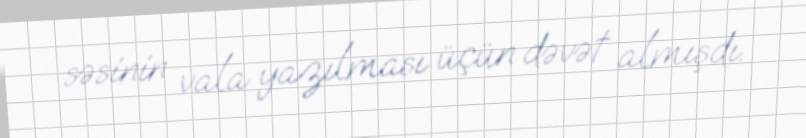
səsinin vala yazılması üçün dəvət almışdı.